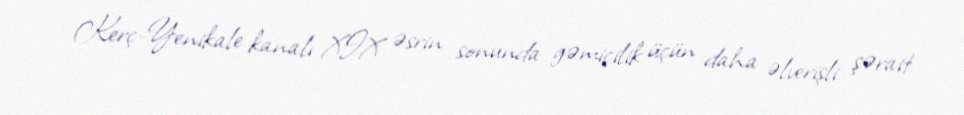
Kerç-Yenikale kanalı XIX əsrin sonunda gəmiçilik üçün daha əlverişli şərait